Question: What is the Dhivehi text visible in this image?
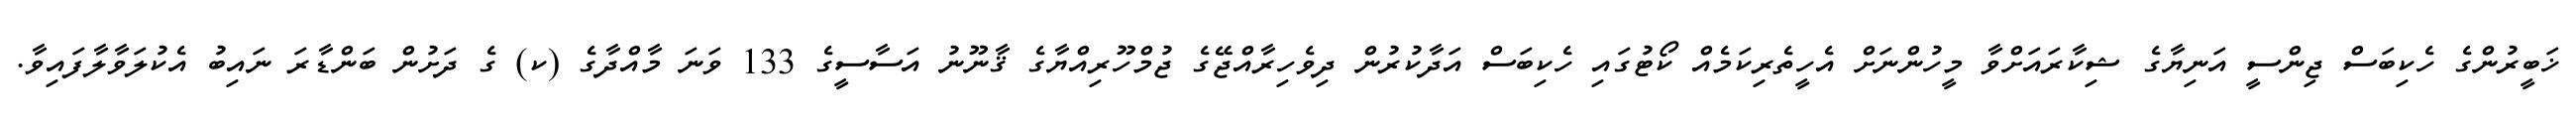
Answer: ޚަބީރުންގެ ހެކިބަސް ޖިންސީ އަނިޔާގެ ޝިކާރައަށްވާ މީހުންނަށް އެހީތެރިކަމެއް ކޯޓުގައި ހެކިބަސް އަދާކުރުން ދިވެހިރާއްޖޭގެ ޖުމްހޫރިއްޔާގެ ޤާނޫނު އަސާސީގެ 133 ވަނަ މާއްދާގެ (ކ) ގެ ދަށުން ބަންޑާރަ ނައިބު އެކުލަވާލާފައިވާ.